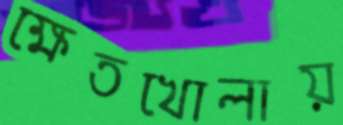
ক্ষেতখোলায়